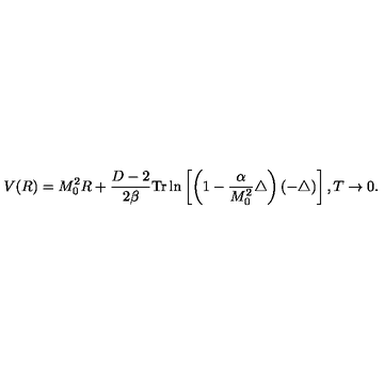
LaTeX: V ( R ) = M _ { 0 } ^ { 2 } R + \frac { D - 2 } { 2 \beta } \mathrm { T r } \ln \left[ \left( 1 - \frac { \alpha } { M _ { 0 } ^ { 2 } } \triangle \right) ( - \triangle ) \right] , T \to 0 .